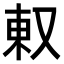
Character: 𫨽